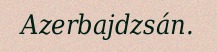
Azerbajdzsán.